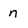
Character: n